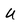
Character: u